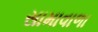
સામાવાળા